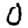
Digit: 0